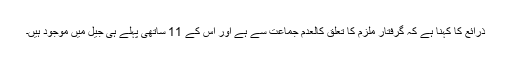
ذرائع کا کہنا ہے کہ گرفتار ملزم کا تعلق کالعدم جماعت سے ہے اور اس کے 11 ساتھی پہلے ہی جیل میں موجود ہیں۔